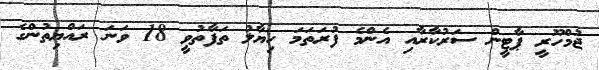
ޖުމްހޫރީ ޕާޓީން ސަރުކާރާއި އެންމެ ފުރަތަމަ ހިޔާލު ތަފާތުވީ 18 ވަނަ ރައްޔިތުންގެ